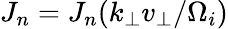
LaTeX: J_{n}=J_{n}(k_{\perp}v_{\perp}/\Omega_{i})